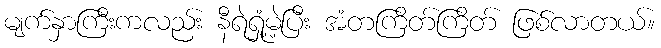
မျက်နှာကြီးကလည်း နီရဲရှုံ့မဲ့ပြီး အံတကြိတ်ကြိတ် ဖြစ်လာတယ်။